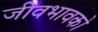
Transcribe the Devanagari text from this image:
जीवभावको